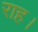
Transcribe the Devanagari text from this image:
राह।